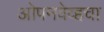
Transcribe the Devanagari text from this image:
ओपनवेव्हचा